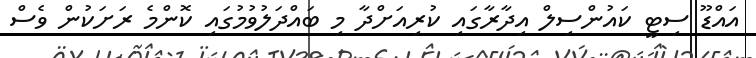
އައްޑޫ ސިޓީ ކައުންސިލް އިދާރާގައި ކުރިއަށްދާ މި ބައްދަލުވުމުގައި ކޮންމެ ރަށަކުން ވެސް